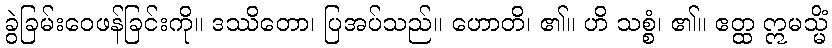
ခွဲခြမ်းဝေဖန်ခြင်းကို။ ဒဿိတော၊ ပြအပ်သည်။ ဟောတိ၊ ၏။ ဟိ သစ္စံ၊ ၏။ ဧတ္ထ ဣမသ္မိံ